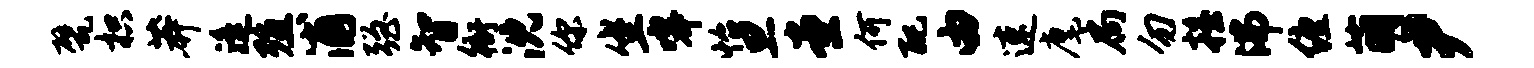
甓枳莽遥殖浦强智衙沈你坐嗥怡旦堂何配由速麾扃勿摇沸缠萌尹